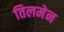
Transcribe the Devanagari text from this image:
तिलमेन